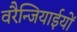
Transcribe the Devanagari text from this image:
वरैन्जियाईयों